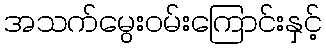
အသက်မွေးဝမ်းကြောင်းနှင့်